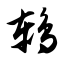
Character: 鸫